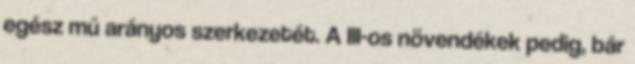
egész mű arányos szerkezetét. A III-os növendékek pedig, bár